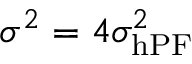
\sigma ^ { 2 } = 4 \sigma _ { \mathrm { h P F } } ^ { 2 }